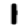
Digit: 1